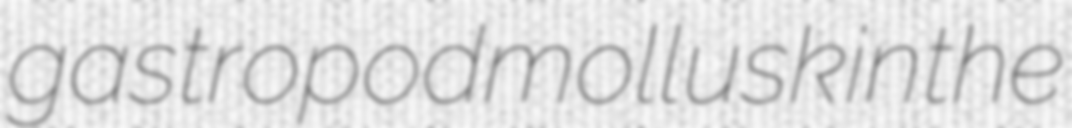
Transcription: gastropod mollusk in the